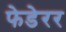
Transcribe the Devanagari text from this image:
फेडेरर